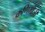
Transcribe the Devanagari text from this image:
कणिमोज़ी